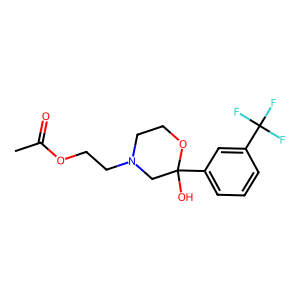
SMILES: CC(=O)OCCN1CCOC(O)(c2cccc(C(F)(F)F)c2)C1
Inhibits HIV replication: No